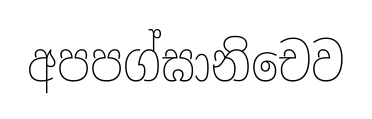
අපපග්ඝානිචෙව